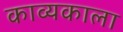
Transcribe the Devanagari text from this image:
काव्यकाला